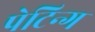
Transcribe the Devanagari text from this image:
पेटिन्ग